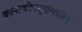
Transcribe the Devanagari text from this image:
कानाकोपर्‍यांमधील